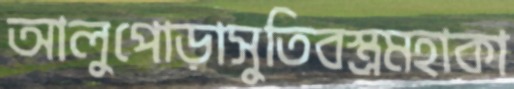
আলুপোড়াসুতিবস্ত্রমহাকা